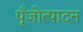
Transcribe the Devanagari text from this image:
पूँजोत्पादन